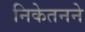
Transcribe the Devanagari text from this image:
निकेतनने